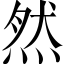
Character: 然